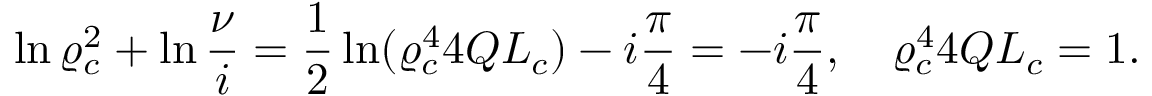
\displaystyle { \ln \varrho _ { c } ^ { 2 } + \ln \frac { \nu } { i } = \frac { 1 } { 2 } \ln ( \varrho _ { c } ^ { 4 } 4 Q L _ { c } ) - i \frac { \pi } { 4 } = - i \frac { \pi } { 4 } } , \quad \varrho _ { c } ^ { 4 } 4 Q L _ { c } = 1 .